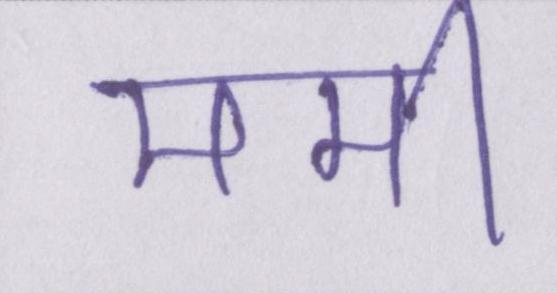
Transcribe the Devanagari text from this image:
ममी